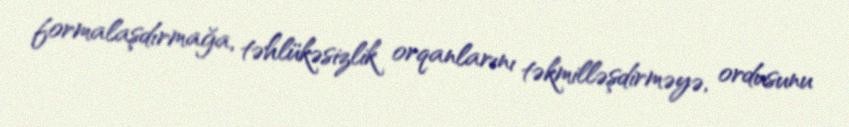
formalaşdırmağa, təhlükəsizlik orqanlarını təkmilləşdirməyə, ordusunu